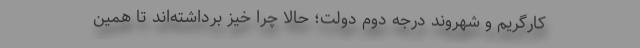
کارگریم و شهروند درجه دومِ دولت؛ حالا چرا خیز برداشته‌اند تا همین